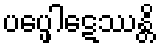
ပပ္ဖေါဋေဿန္တိ